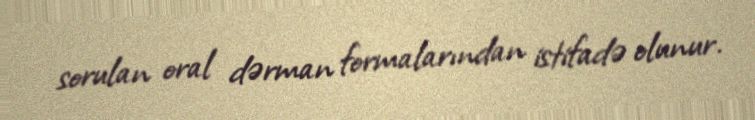
sorulan oral dərman formalarından istifadə olunur.